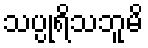
သပ္ပုရိသဘူမိ